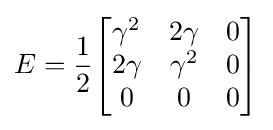
E={\frac {1}{2}}{\begin{bmatrix}\gamma ^{2}&2\gamma &0\\2\gamma &\gamma ^{2}&0\\0&0&0\end{bmatrix}}